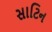
સાટિન